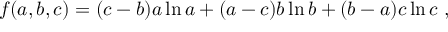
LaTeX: f ( a , b , c ) = ( c - b ) a \ln a + ( a - c ) b \ln b + ( b - a ) c \ln c ~ ,